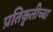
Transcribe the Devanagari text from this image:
प्रतिकृतीच्या